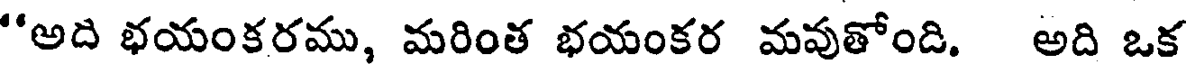
"అది భయంకరము, మరింత భయంకర మవుతోంది. అది ఒక